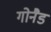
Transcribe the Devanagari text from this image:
गोनैड